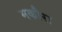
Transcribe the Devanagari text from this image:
मकौरा